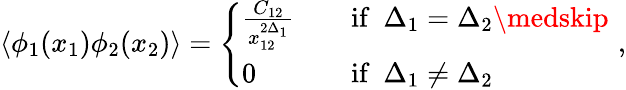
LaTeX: \langle\phi_{1}(x_{1})\phi_{2}(x_{2})\rangle=\left\{ \begin{array}{ll}{{\frac{C_{12}}{x_{12}^{2\Delta_{1}}}}}&{{\quad\textrm{if}\; \; \Delta_{1}=\Delta_{2}\medskip}}\\ {{0}}&{{\quad\textrm{if}\; \; \Delta_{1}\neq\Delta_{2}\, \, \, }}\end{array}\right.\, \, ,